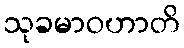
သုခမာဝဟာတိ